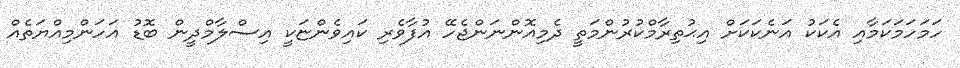
ހަމަހަމަކަމާއި އެކަކު އަނެކަކަށް އިޙުތިރާމްކުރުންމަތީ ދެމިއޮންނަންޖެހޭ އުފާވެރި ކައިވެންޏަކީ އިސްލާމްދީން ބޮޑު އަހަންމިއްޔަތެއް